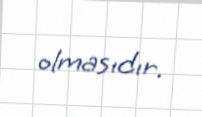
olmasıdır.